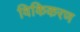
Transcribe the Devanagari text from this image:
विकिकरण